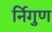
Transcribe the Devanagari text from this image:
र्निगुण